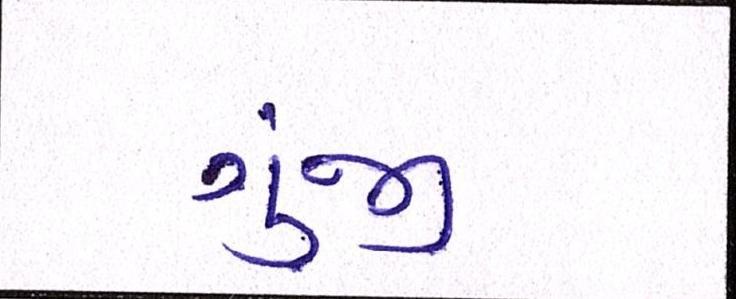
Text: ગુંજી